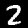
Label: 2